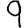
Digit: 9